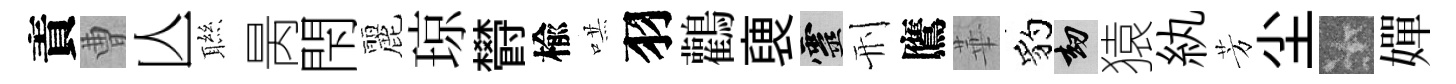
責曹亾聮昺閇麗琼欎楡哄羽鸛褏靈刑鷹華豹劫猿紈芳尘卡嬋